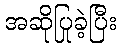
အဆိုပြုခဲ့ပြီး